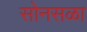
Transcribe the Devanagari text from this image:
सोनसळा